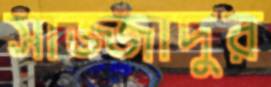
সাজ্জাদুর